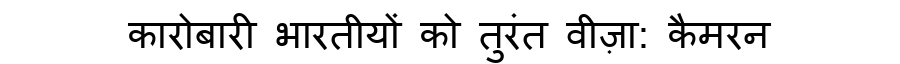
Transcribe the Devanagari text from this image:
कारोबारी भारतीयों को तुरंत वीज़ा: कैमरन